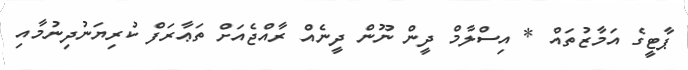
ޕާޓީގެ އަމާޒުތައް * އިސްލާމް ދީން ނޫން ދީނެއް ރާއްޖެއަށް ތަޢާރަފް ކުރިޔަނުދިނުމާއި